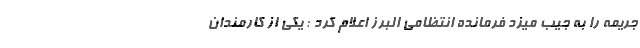
جریمه را به جیب میزد فرمانده انتظامی البرز اعلام کرد : یکی از کارمندان